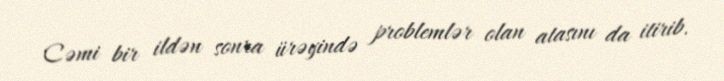
Cəmi bir ildən sonra ürəyində problemlər olan atasını da itirib.